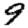
Digit: 9